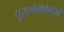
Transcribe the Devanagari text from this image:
पुरालेखवेत्ताओं